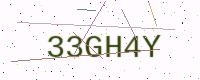
Text: 33GH4Y